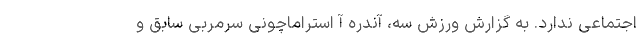
اجتماعی ندارد. به گزارش ورزش سه، آندره آ استراماچونی سرمربی سابق و